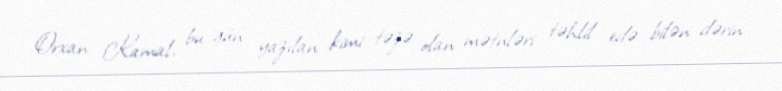
Orxan Kamal, bu gün yazılan kimi təzə olan mətnləri təhlil edə bilən dərin